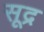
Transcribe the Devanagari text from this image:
सूद्र